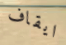
ايقاف